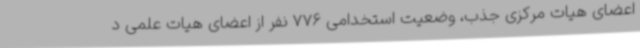
اعضای هیات مرکزی جذب، وضعیت استخدامی 776 نفر از اعضای هیات علمی د